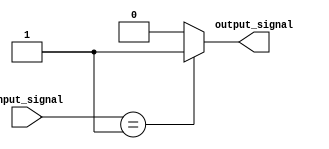
module behavioral_modeling_blocks(
    input wire [2:0] input_signal,
    output reg output_signal
);

always @(input_signal)
begin
    case(input_signal)
        3'b000: output_signal = 1'b0;
        3'b001: output_signal = 1'b1;
        3'b010: output_signal = 1'b0;
        default: output_signal = 1'b0; // default behavior for unmatched cases
    endcase
end

endmodule